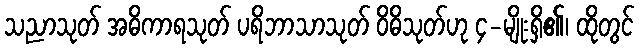
သညာသုတ် အဓိကာရသုတ် ပရိဘာသာသုတ် ဝိဓိသုတ်ဟု ၄-မျိုးရှိ၏၊ ထိုတွင်